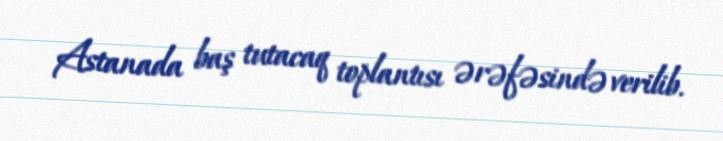
Astanada baş tutacaq toplantısı ərəfəsində verilib.